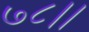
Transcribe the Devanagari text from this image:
७८।।